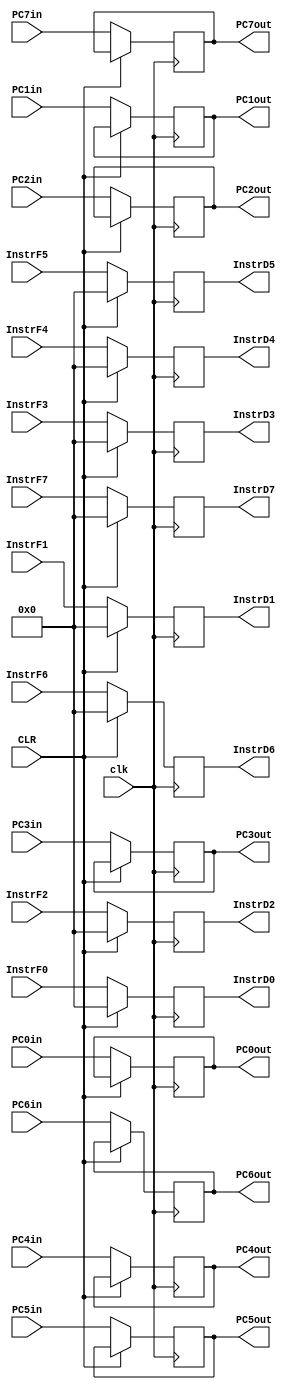
module FD_flipflop (
 input  wire        clk,
 input  wire        CLR,

 
 input  wire [31:0] InstrF0,
 input  wire [31:0] InstrF1,
 input  wire [31:0] InstrF2,
 input  wire [31:0] InstrF3,
 input  wire [31:0] InstrF4,
 input  wire [31:0] InstrF5,
 input  wire [31:0] InstrF6,
 input  wire [31:0] InstrF7,
 
 output reg [31:0] InstrD0,
 output reg [31:0] InstrD1,
 output reg [31:0] InstrD2,
 output reg [31:0] InstrD3,
 output reg [31:0] InstrD4,
 output reg [31:0] InstrD5,
 output reg [31:0] InstrD6,
 output reg [31:0] InstrD7,
 input  wire [31:0] PC0in,
 input  wire [31:0] PC1in,
 input  wire [31:0] PC2in,
 input  wire [31:0] PC3in,
 input  wire [31:0] PC4in,
 input  wire [31:0] PC5in,
 input  wire [31:0] PC6in,
 input  wire [31:0] PC7in,
 
 
 output reg [31:0] PC0out,
 output reg [31:0] PC1out,
 output reg [31:0] PC2out,
 output reg [31:0] PC3out,
 output reg [31:0] PC4out,
 output reg [31:0] PC5out,
 output reg [31:0] PC6out,
 output reg [31:0] PC7out  
 );
//----------------------------------------  
  
always@(posedge clk)
begin
  
  
    
    if (CLR)
      begin
        InstrD0<=32'b0;
        InstrD1<=32'b0;
        InstrD2<=32'b0;
        InstrD3<=32'b0;
        InstrD4<=32'b0;
        InstrD5<=32'b0;
        InstrD6<=32'b0;
        InstrD7<=32'b0;        

      end
    else 
      begin
        InstrD0<=InstrF0;
        InstrD1<=InstrF1;
        InstrD2<=InstrF2;
        InstrD3<=InstrF3;
        InstrD4<=InstrF4;
        InstrD5<=InstrF5;
        InstrD6<=InstrF6;
        InstrD7<=InstrF7;
	    PC0out<=PC0in;
		PC1out<=PC1in;
		PC2out<=PC2in;
		PC3out<=PC3in;
		PC4out<=PC4in;
		PC5out<=PC5in;
		PC6out<=PC6in;
		PC7out<=PC7in;


 	end
  end
 
  
endmodule